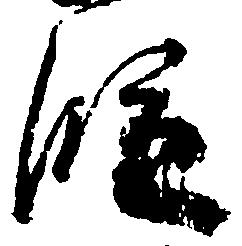
段